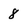
Character: 8